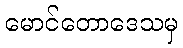
မောင်တောဒေသမှ